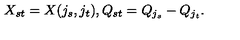
X _ { s t } = X ( j _ { s } , j _ { t } ) , Q _ { s t } = Q _ { j _ { s } } - Q _ { j _ { t } } .